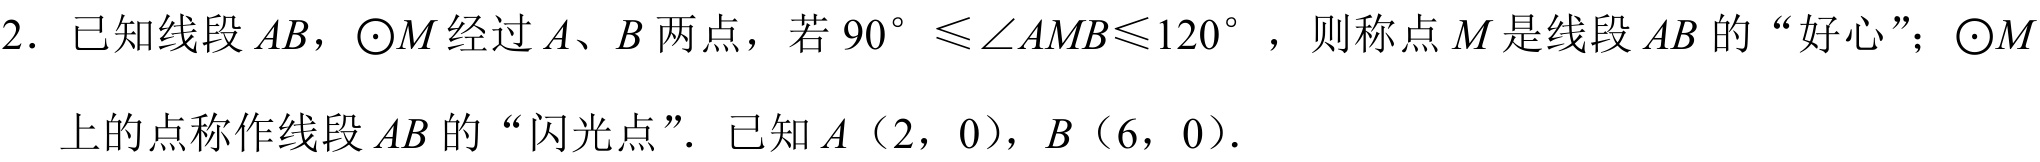
2. 已知线段 \(AB\)，\(\odot M\) 经过 \(A\)、\(B\) 两点，若 \(90^{\circ}\leq\angle AMB\leq120^{\circ}\)，则称点 \(M\) 是线段 \(AB\) 的“好心”；\(\odot M\)
上的点称作线段 \(AB\) 的“闪光点”．已知 \(A(2,0)\)，\(B(6,0)\)．